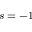
s = - 1